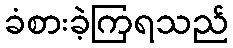
ခံစားခဲ့ကြရသည်